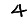
Digit: 4